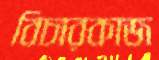
বিচারকাজ